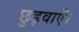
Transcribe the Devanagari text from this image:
छुड़वाएँ।